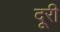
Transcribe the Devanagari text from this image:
दूरी